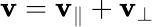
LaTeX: \mathbf{v}=\mathbf{v}_{\| }+\mathbf{v}_{\perp}